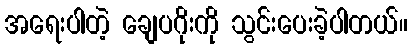
အရေးပါတဲ့ ချေပဂိုးကို သွင်းပေးခဲ့ပါတယ်။